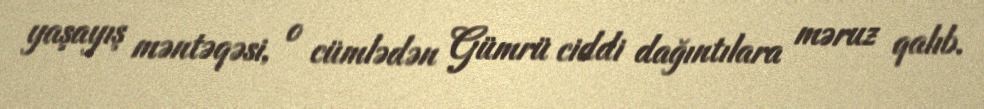
yaşayış məntəqəsi, o cümlədən Gümrü ciddi dağıntılara məruz qalıb.